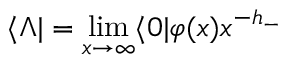
\langle \Lambda | = \operatorname * { l i m } _ { x \rightarrow \infty } \langle 0 | \varphi ( x ) x ^ { - h _ { - } }